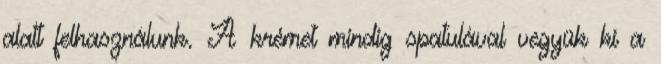
alatt felhasználunk. A krémet mindig spatulával vegyük ki a